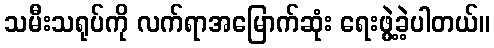
သမီးသရုပ်ကို လက်ရာအမြောက်ဆုံး ရေးဖွဲ့ခဲ့ပါတယ်။